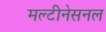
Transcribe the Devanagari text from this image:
मल्टीनेसनल